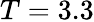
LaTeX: T=3.3